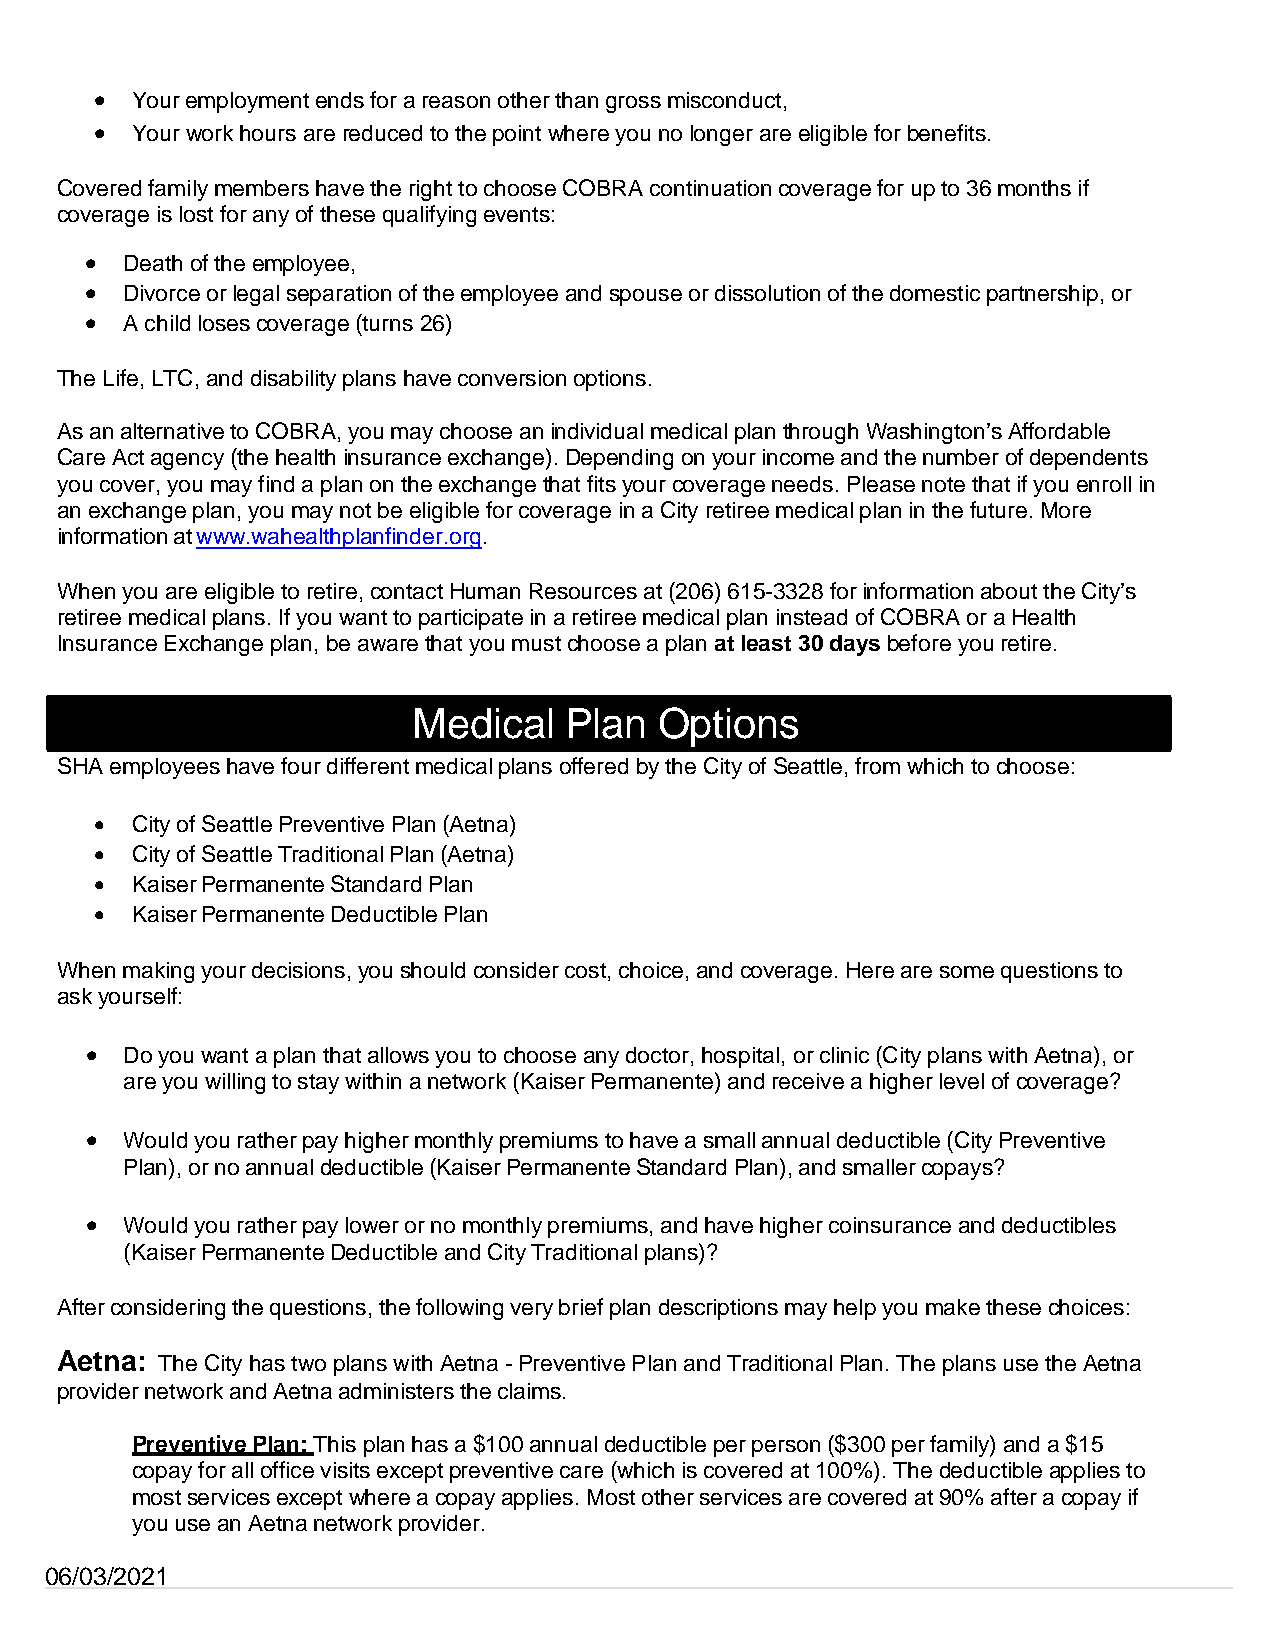
•  Your employment ends for a reason other than gross misconduct,
 •  Your work hours are reduced to the point where you no longer are eligible for benefits.
 Covered family members have the right to choose COBRA continuation coverage for up to 36 months if
 coverage is lost for any of these qualifying events:
 • Death of the employee,
 • Divorce or legal separation of the employee and spouse or dissolution of the domestic partnership, or
 • A child loses coverage (turns 26)
 The Life, LTC, and disability plans have conversion options.
 As an alternative to COBRA, you may choose an individual medical plan through Washington’s Affordable
 Care Act agency (the health insurance exchange). Depending on your income and the number of dependents
 you cover, you may find a plan on the exchange that fits your coverage needs. Please note that if you enroll in
 an exchange plan, you may not be eligible for coverage in a City retiree medical plan in the future. More
 information at www.wahealthplanfinder.org.
 When you are eligible to retire, contact Human Resources at (206) 615-3328 for information about the City’s
 retiree medical plans. If you want to participate in a retiree medical plan instead of COBRA or a Health
 Insurance Exchange plan, be aware that you must choose a plan at least 30 days before you retire.
 Medical   Plan   Options
 SHA employees have four different medical plans offered by the City of Seattle, from which to choose:
 •  City of Seattle Preventive Plan (Aetna)
 •  City of Seattle Traditional Plan (Aetna)
 •  Kaiser Permanente Standard Plan
 •  Kaiser Permanente Deductible Plan
 When making your decisions, you should consider cost, choice, and coverage. Here are some questions to
 ask yourself:
 • Do you want a plan that allows you to choose any doctor, hospital, or clinic (City plans with Aetna), or
 are you willing to stay within a network (Kaiser Permanente) and receive a higher level of coverage?
 • Would you rather pay higher monthly premiums to have a small annual deductible (City Preventive
 Plan), or no annual deductible (Kaiser Permanente Standard Plan), and smaller copays?
 • Would you rather pay lower or no monthly premiums, and have higher coinsurance and deductibles
 (Kaiser Permanente Deductible and City Traditional plans)?
 After considering the questions, the following very brief plan descriptions may help you make these choices:
 Aetna: The City has two plans with Aetna - Preventive Plan and Traditional Plan. The plans use the Aetna
 provider network and Aetna administers the claims.
 Preventive Plan: This plan has a $100 annual deductible per person ($300 per family) and a $15
 copay for all office visits except preventive care (which is covered at 100%). The deductible applies to
 most services except where a copay applies. Most other services are covered at 90% after a copay if
 you use an Aetna network provider.
 06/03/2021